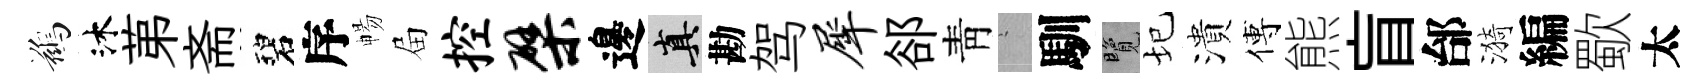
鷀沐苐斋碧序暢屇控檗邊真勘驾犀郤靑搖馴覽圮潰傅熊盲邰漪編歜太